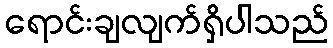
ရောင်းချလျက်ရှိပါသည်